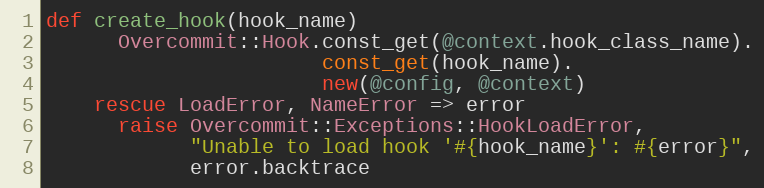
Language: Ruby
def create_hook(hook_name)
      Overcommit::Hook.const_get(@context.hook_class_name).
                       const_get(hook_name).
                       new(@config, @context)
    rescue LoadError, NameError => error
      raise Overcommit::Exceptions::HookLoadError,
            "Unable to load hook '#{hook_name}': #{error}",
            error.backtrace